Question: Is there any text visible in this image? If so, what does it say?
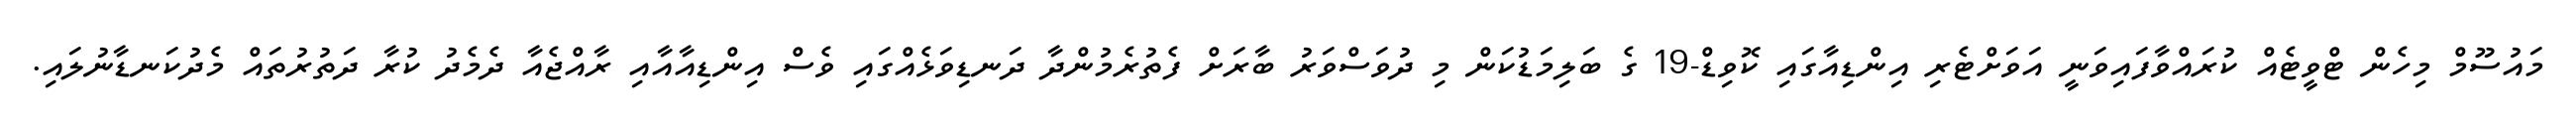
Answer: މައުސޫމް މިހެން ޓްވީޓެއް ކުރައްވާފައިވަނީ އަވަށްޓެރި އިންޑިއާގައި ކޮވިޑް-19 ގެ ބަލިމަޑުކަން މި ދުވަސްވަރު ބާރަށް ފެތުރެމުންދާ ދަނޑިވަޅެއްގައި ވެސް އިންޑިއާއާއި ރާއްޖެއާ ދެމެދު ކުރާ ދަތުރުތައް މެދުކަނޑާނުލައި.